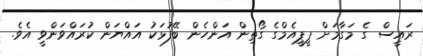
ރައީސް ގެ މަގާމަށް ޕީޕީއެމްގެ ގޯތިން އަންހެން ބޭފުޅަކު އައްޔަން ކުރައްވަންވީ އެވެ.